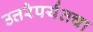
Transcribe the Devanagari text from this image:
उत्तरेपर्यंतचा